Indian journal of veterinary science and animal husbandry - Volume 5,
Year: 1935
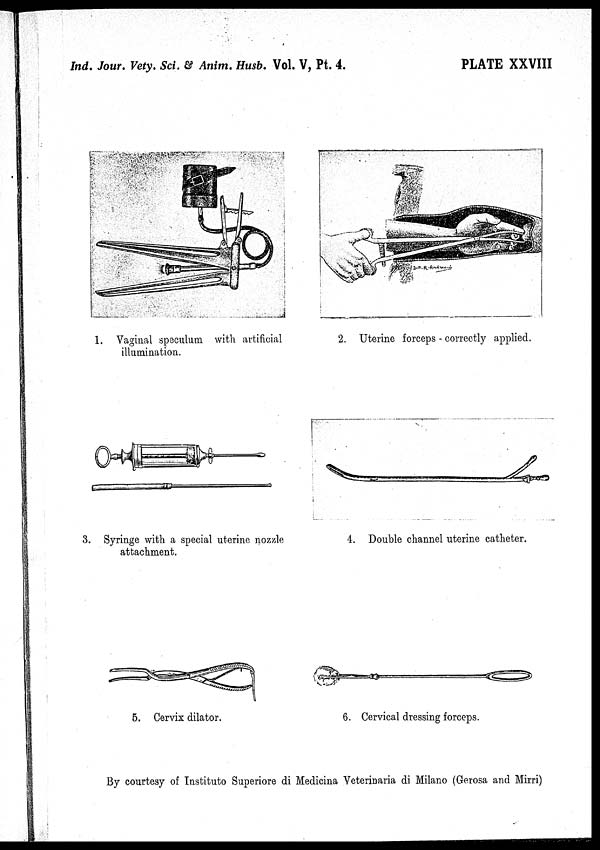
Ind. Jour. Vety. Sci. & Anim. Husb. Vol. V, Pt. 4.
PLATE XXVIII
1. Vaginal speculum with artificial
illumination.
2. Uterine forceps - correctly applied.
3. Syringe with a special uterine nozzle
attachment.
4. Double channel uterine catheter.
5. Cervix dilator.
6. Cervical dressing forceps.
By courtesy of Instituto Superiore di Medicina Veterinaria di Milano (Gerosa and Mirri)